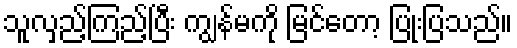
သူလှည့်ကြည့်ပြီး ကျွန်မကို မြင်တော့ ပြုံးပြသည်။